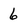
Character: 6